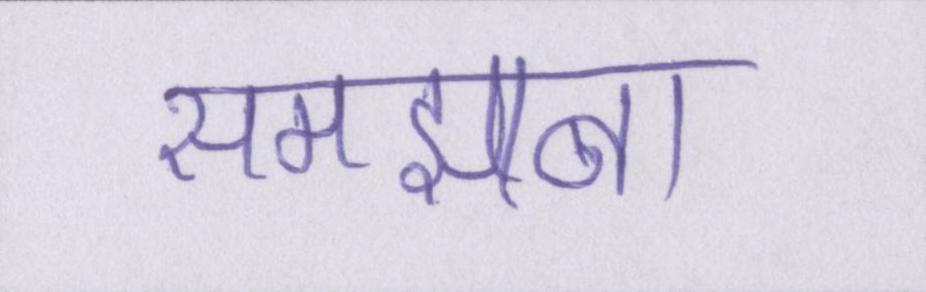
समझाना